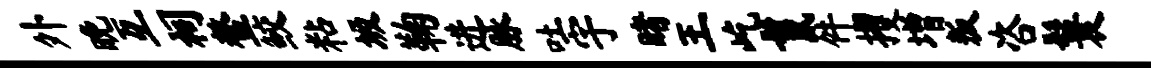
外晚互祠鳌鲛粘圾鞠进脉吐宇睹王屹鬣件攫增叛咨鬟